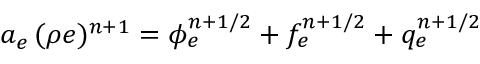
a _ { e } \, ( \rho e ) ^ { n + 1 } = { \phi } _ { e } ^ { n + 1 / 2 } + f _ { e } ^ { n + 1 / 2 } + q _ { e } ^ { n + 1 / 2 }